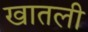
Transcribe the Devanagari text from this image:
खातली